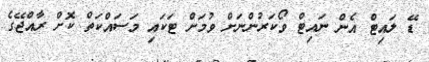
ޑޭ ލައިޓް އެން ނައިޓް ވޯކަރުންނަށް ވުމަށް ޓަކައި މަސައްކަތް ކޮށް ރާއްޖޭގެ